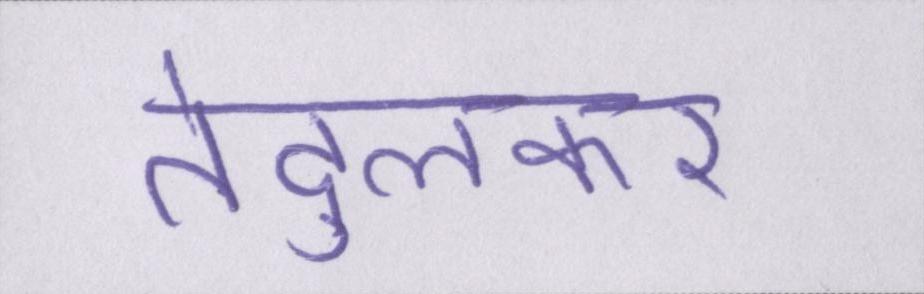
तेंदुलकर